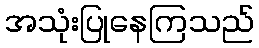
အသုံးပြုနေကြသည်